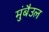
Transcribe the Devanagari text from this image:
मुंबैउल